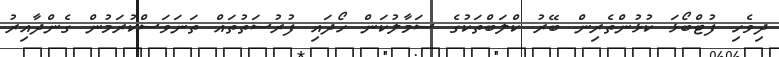
ދިވެހި ފުޓްބޯޅަ ކުޅުންތެރިން ބޭރު ކްލަބްތަކުގެ ސަމާލުކަން ހޯދައި ފުރުސަތުތައް ތަނަވަސްކުރަމުން ގެންދާއިރު